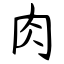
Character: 肉